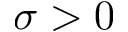
\sigma > 0